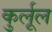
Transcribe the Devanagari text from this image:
कुर्लूल